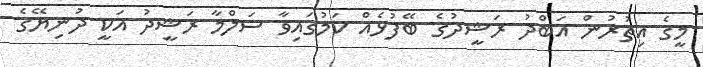
މީގެ އިތުރުން އަބްދު ރަޝީދުގެ ބޭފުޅެއް ކަމުގައިވާ ސަލްމާ ރަޝީދު އަކީ ދުނިޔޭގެ